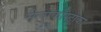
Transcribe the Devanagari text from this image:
मैलाकाँस्ट्राका